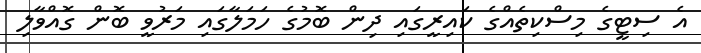
އެ ސިޓީގެ މިސްކިތެއްގެ ކައިރީގައި ދިން ބޮމުގެ ހަމަލާގައި މަރުވީ ބޮން ގޮއްވާލި